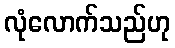
လုံလောက်သည်ဟု